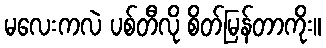
မလေးကလဲ ပစ်တီလို စိတ်မြန်တာကိုး။